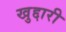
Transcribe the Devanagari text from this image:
खुद्दारी